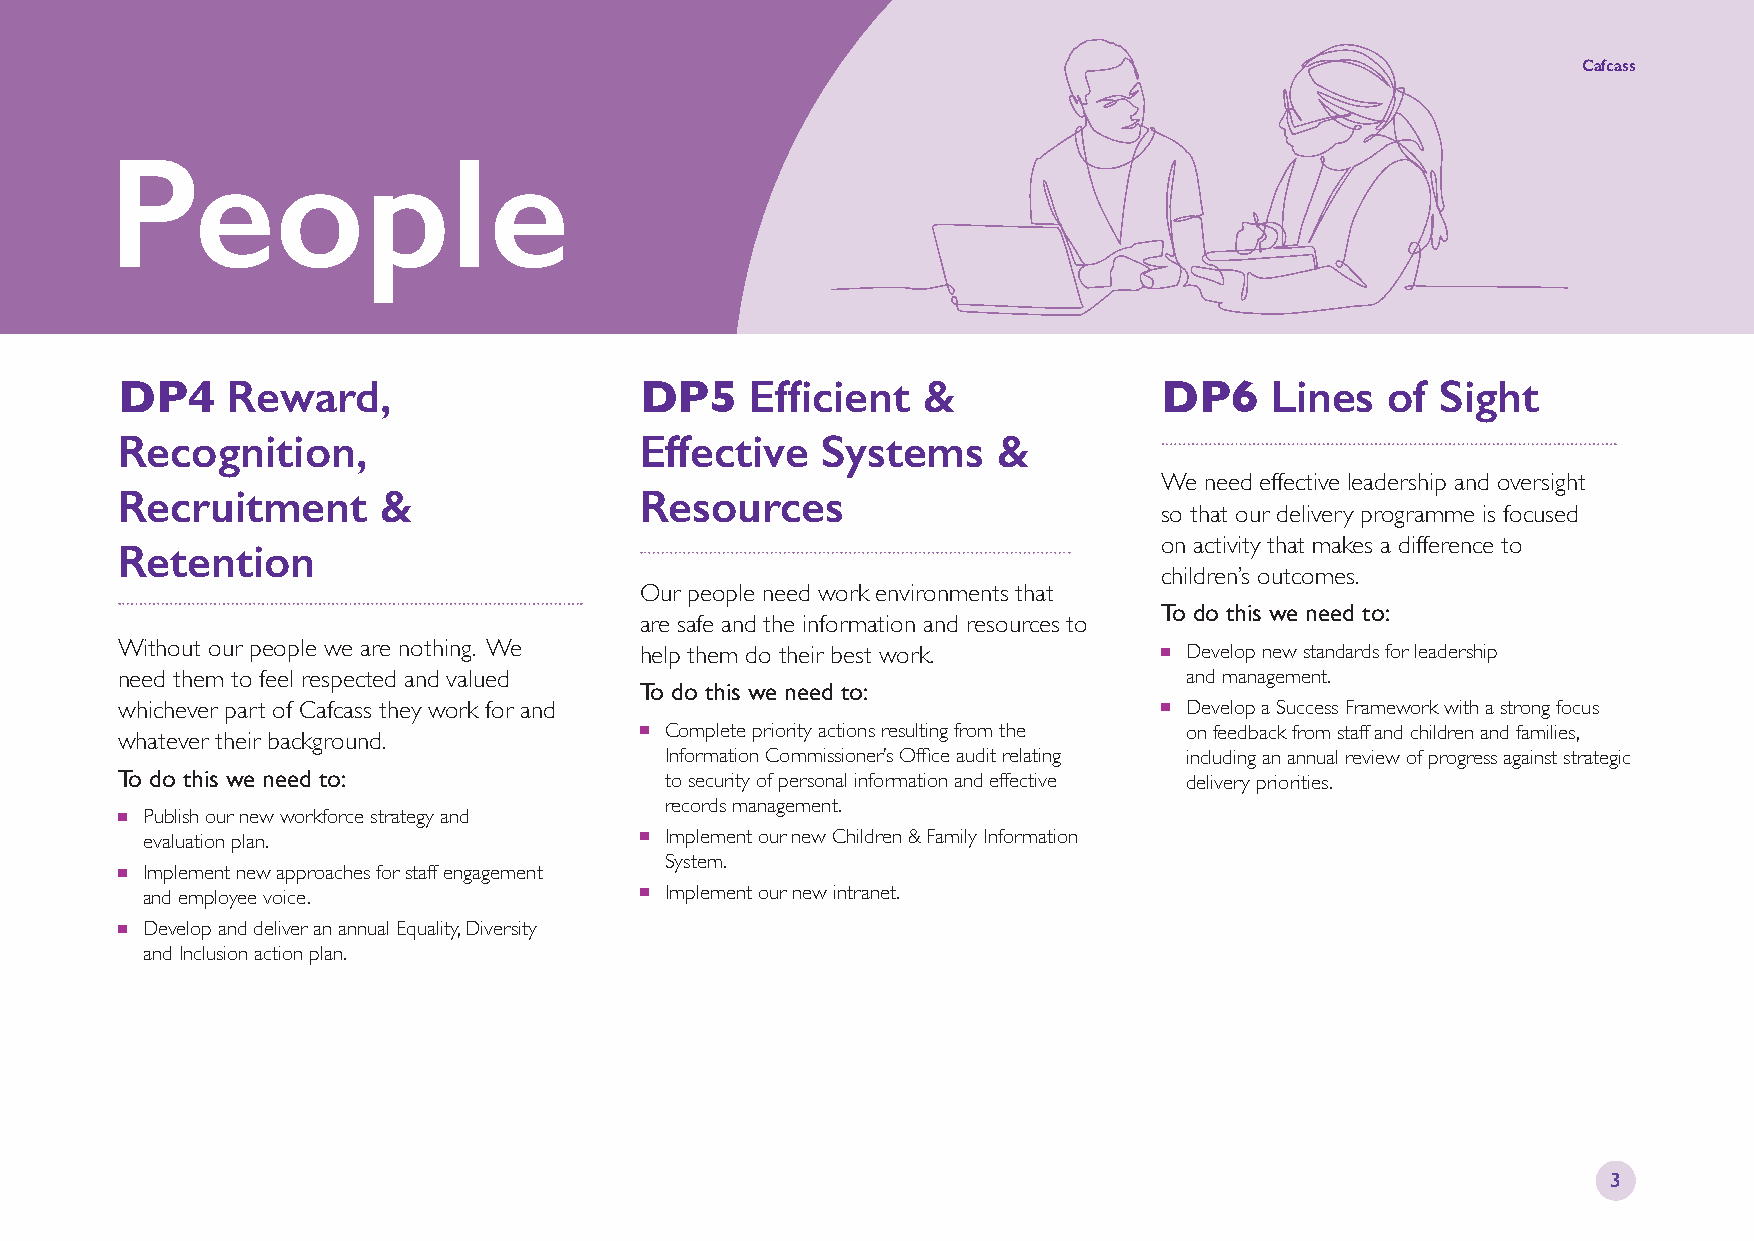
Cafcass
 People
 Reward,                            Efficient  &                      Lines   of Sight
 DP4                               DP5                                DP6
 Recognition,                      Effective   Systems     &
 We need effective leadership and oversight
 Recruitment      &                Resources
 so that our delivery programme is focused
 Retention                                                            on activity that makes a difference to
 children’s outcomes.
 Our people need work environments that
 To do this we need to:
 are safe and the information and resources to
 Without our people we are nothing. We help them do their best work.  n Develop new standards for leadership
 need them to feel respected and valued                                 and management.
 To do this we need to:
 whichever part of Cafcass they work for and                          n Develop a Success Framework with a strong focus
 n Complete priority actions resulting from the on feedback from staff and children and families,
 whatever their background.
 Information Commissioner’s Office audit relating including an annual review of progress against strategic
 To do this we need to:
 to security of personal information and effective delivery priorities.
 records management.
 n Publish our new workforce strategy and
 evaluation plan.                 n Implement our new Children & Family Information
 System.
 n Implement new approaches for staff engagement
 and employee voice.              n Implement our new intranet.
 n Develop and deliver an annual Equality, Diversity
 and Inclusion action plan.
 3